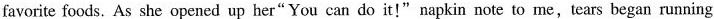
favorite foods. As she opened up her" You can do it!"napkin note to me,tears began running